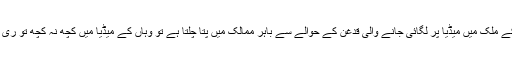
یاد رہے کہ اگر آپ کے ملک میں میڈیا پر لگائی جانے والی قدغن کے حوالے سے باہر ممالک میں پتا چلتا ہے تو وہاں کے میڈیا میں کچھ نہ کچھ تو ری ایکشن آنا ہی ہوتا ہے۔